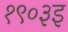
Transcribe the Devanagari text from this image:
१९०३इ